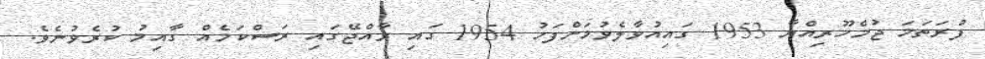
ފުރަތަމަ ޖުމްހޫރިއްޔާ 1953 ގައިއުވާލެވުމަށްފަހު 1954 ގައި ރާއްޖޭގައި ރަސްކަމެއް ގާއިމު ކުރެވުނެވެ.